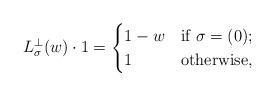
LaTeX: \begin{align*}L^\perp_\sigma(w)\cdot 1 = \begin{cases} 1-w&\mbox{if $\sigma=(0)$};\cr 1&\mbox{otherwise},\cr\end{cases}\end{align*}